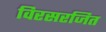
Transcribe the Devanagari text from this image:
विरसरजित